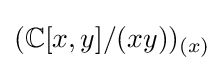
(\mathbb {C} [x,y]/(xy))_{(x)}